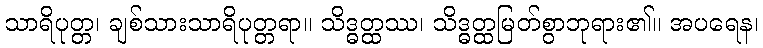
သာရိပုတ္တ၊ ချစ်သားသာရိပုတ္တရာ။ သိဒ္ဓတ္ထဿ၊ သိဒ္ဓတ္ထမြတ်စွာဘုရား၏။ အပရေန၊